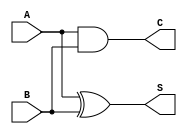
//Structural Model : Half Adder
module half_adder(output S,C,input A,B);
 xor(S,A,B);
 and(C,A,B);
endmodule

//Structural Model : Full Adder
module full_adder(S,Cout,A,B,Cin);
 input A,B,Cin;
 output S,Cout;
 wire s1,c1,c2;
 half_adder HA1(s1,c1,A,B);
 half_adder HA2(S,c2,s1,Cin);
 or o1(Cout,c1,c2);
endmodule

//Structural Model : 4 Bit Ripple Carry Adder
module ripple_adder_4bit(Cout,Sum,A,B,Cin);
 output [3:0] Sum;
 output Cout;
 input [3:0] A,B;
 input Cin;
wire c1,c2,c3; 
 //full_adder fa(S,Cout,A,B,Cin);
 full_adder FA1(Sum[0],c1,A[0],B[0],Cin),
    FA2(Sum[1],c2,A[1],B[1],c1),
    FA3(Sum[2],c3,A[2],B[2],c2),
    FA4(Sum[3],Cout,A[3],B[3],c3);
endmodule

//Test Bench : 4 Bit Ripple Carry Adder
module test_ripple_adder_4bit();
 // Inputs
 reg [3:0] A;
 reg [3:0] B;
 reg Cin;
 // Outputs
 wire [3:0] Sum;
 wire Cout;
 // Instantiate the Unit Under Test (UUT)
 ripple_adder_4bit rpa(.Sum(Sum), .Cout(Cout), .A(A), .B(B),.Cin(Cin));
 initial 
 	begin
 	
 	$monitor("A=%d		 B=%d	Cin=%d	Sum=%d		Cout=%d",A,B,Cin,Sum,Cout); 
	A=4'b0000;B=4'b0000;Cin=1'b0; 
	#10 
	A=4'b0010;B=4'b0010;Cin=1'b0; 
	#10
	A=4'b0010;B=4'b0100;Cin=1'b0; 
	#10
	A=4'b0110;B=4'b1010; Cin=1'b0; 
	#10
	A=4'b1111;B=4'b1111;Cin=1'b0;
	 end
endmodule